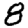
Digit: 8